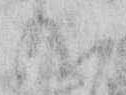
給